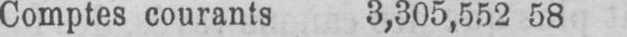
Comptes courants 3,305,552 58